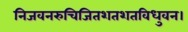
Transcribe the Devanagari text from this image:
निजवनरुचिजितशतशतविधुवन।